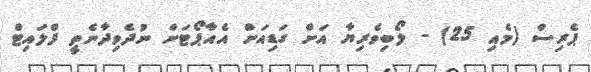
ޕެރިސް (މެއި 25) - ލޯބިވެރިޔާ އަށް ގަޑިއަށް އެއާޕޯޓަށް ނުދެވިދާނެތީ ފްލައިޓް